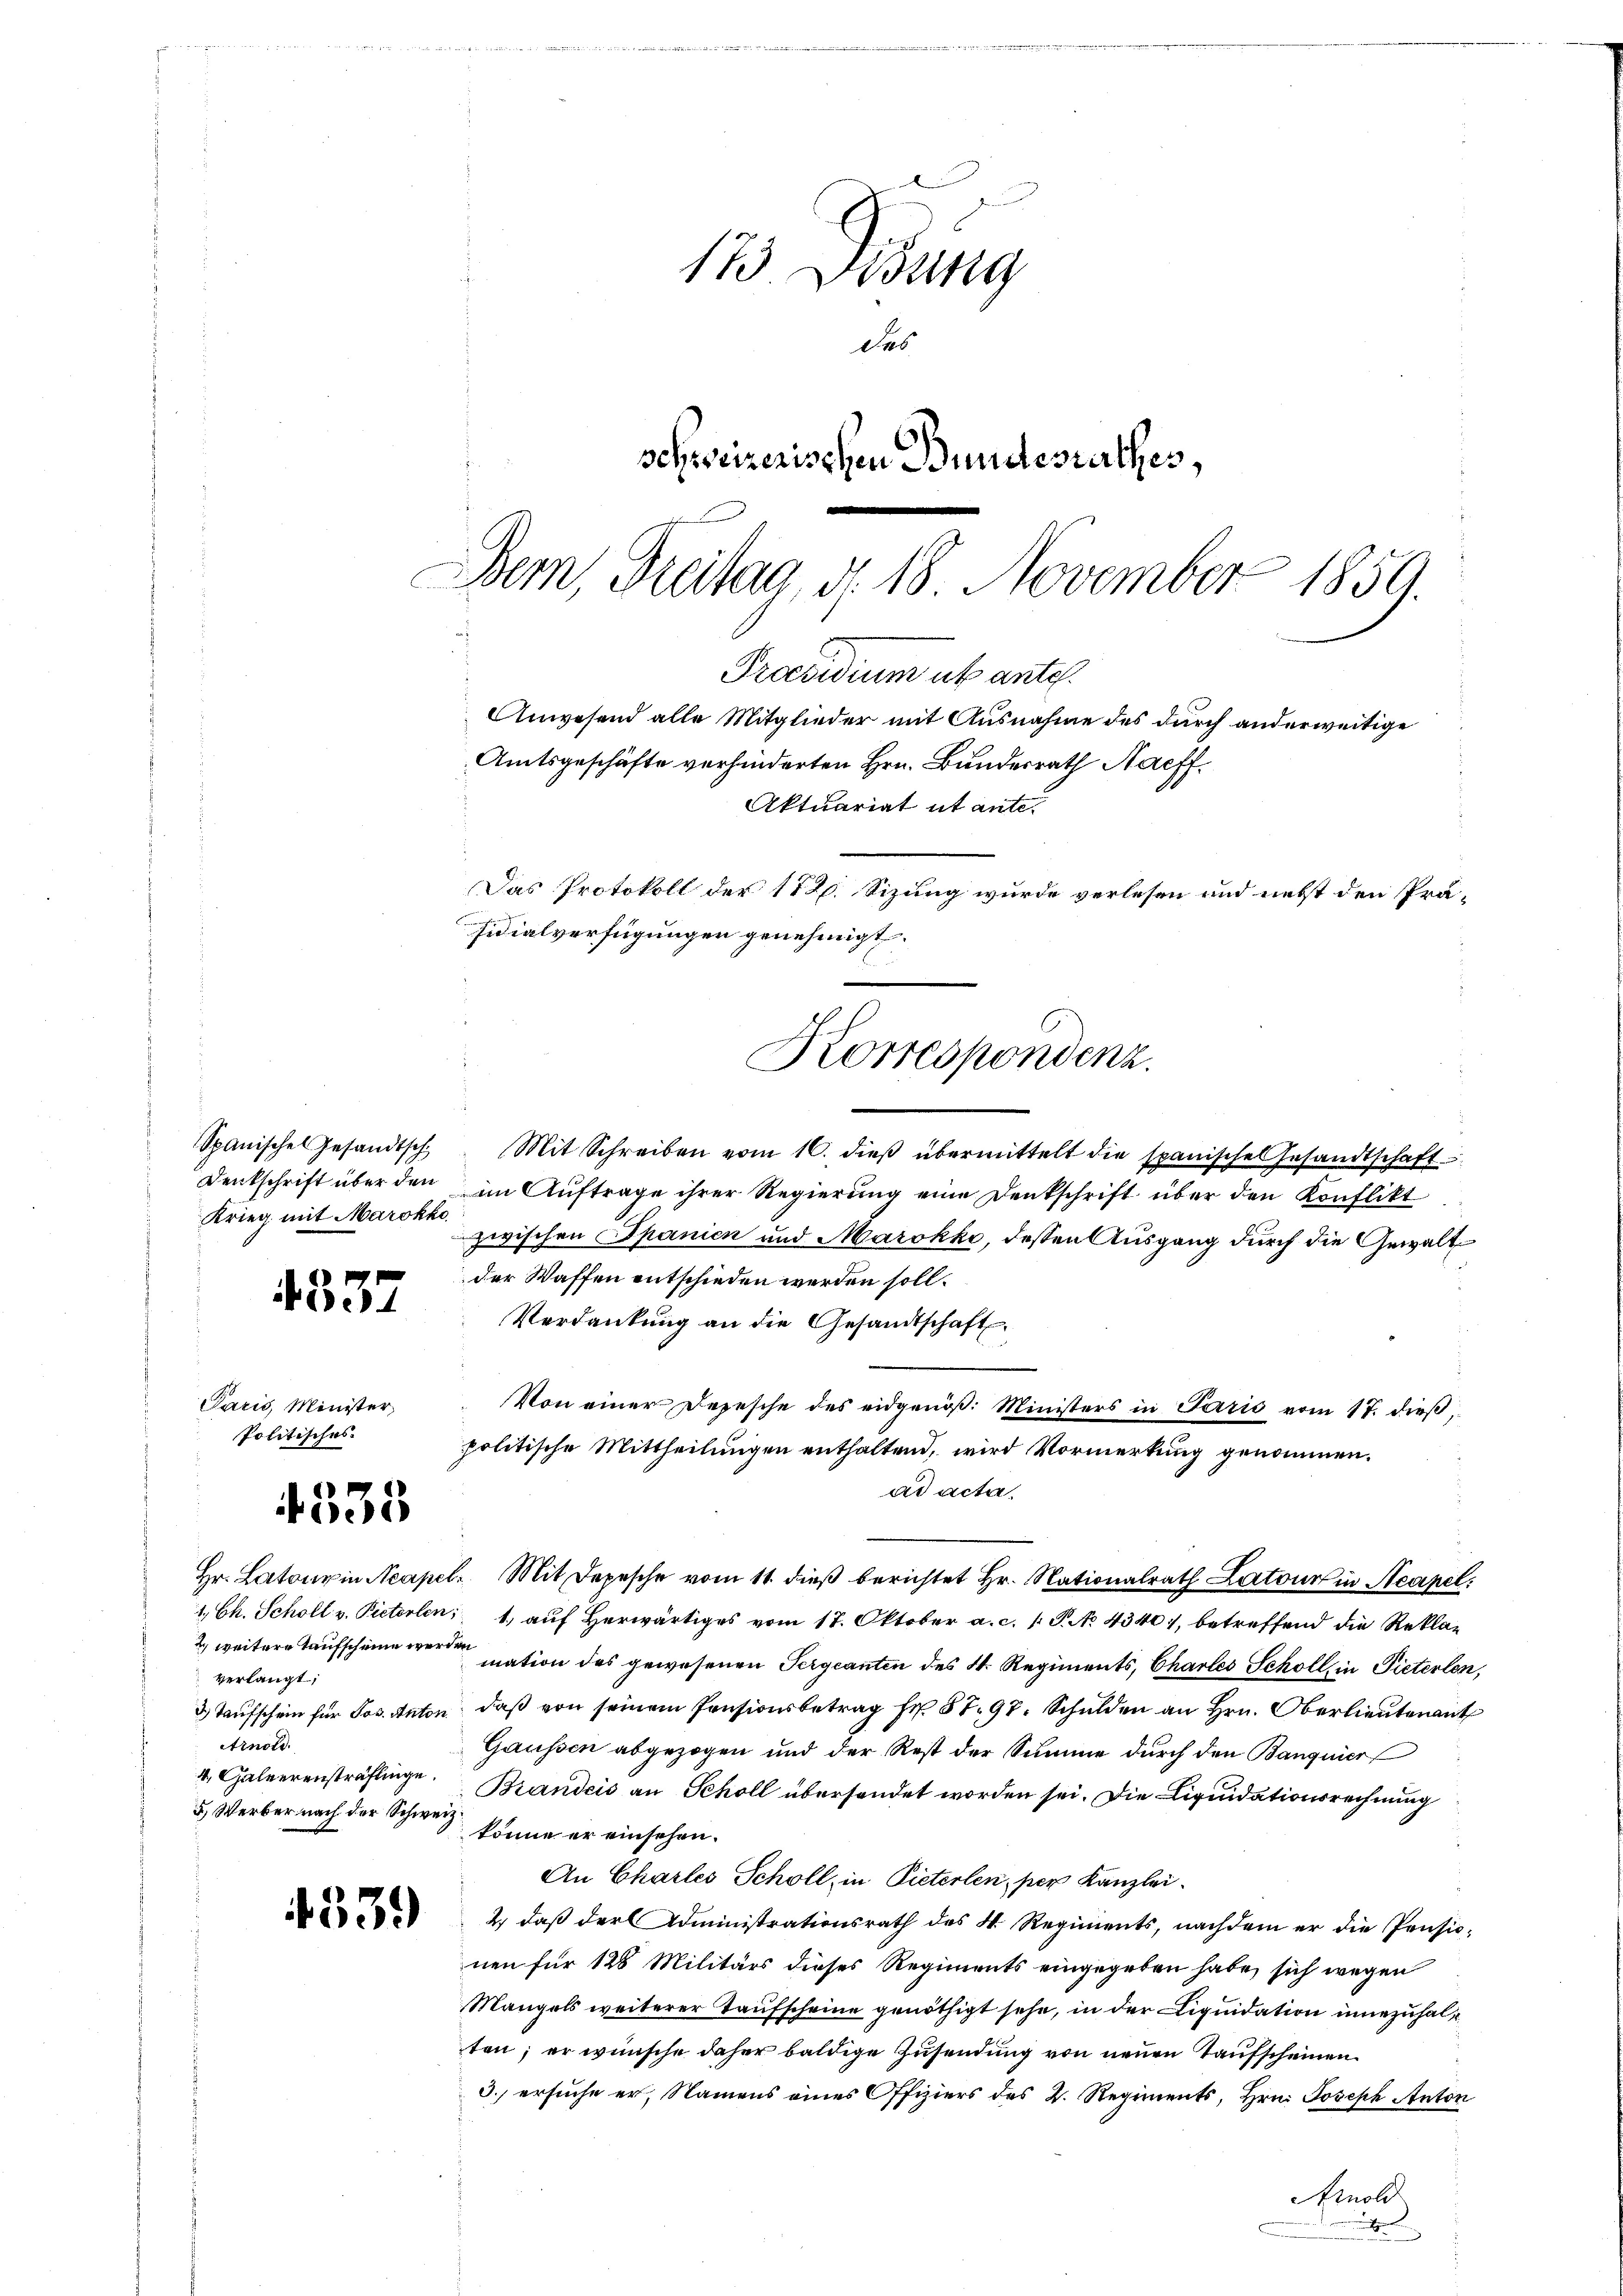
Krieg mit Marokko

4337

Paris, Minister,
Politisches

533

2. weitere Taufscheine werden
verlangt;
Arnold.
5) Werber nach der Schweiz.

4339

173 Didung
des
schweizerischen Bundesrathes,
Bern, Breitag d. 18. November 1859.

Praesidium ut antel.
Amtsgeschäfte verhinderten Hrn. Bundesrath Haeff.
Aktuariat ut ante¬
Das Protokoll der 172. Sizung wurde verlesen und nebst den Prä-
sidialverfügungen genehmigt.
Korrespondenz.

Spanische Gesandtsch Mit Schreiben vom 10. dieβ übermittelt die spanische Gesandtschaft
Denkschrift über den im Auftrage ihrer Regierung eine Denkschrift über den Konflikt
zwischen Spanien und Marokko, dessen Ausgang durch die Gewaltder Waffen entschieden werden soll.
Verdankŭng an die Gesandtschaft.
Von einer Desesche des eidgenöß: Ministers in Paris vom 17. dieß,
politische Mittheilungen enthaltend, wird Vormerkung genommen.
ad acta.
Hr. Latour in Neapel. Mit Depesche vom 11. dieβ berichtet Hr. Nationalrath Latour in Neapel:
1. Ch. Scholl v. Pieterlen; 1., auf herwärtiges vom 17. Oktober a. c. 1 S. No. 4340), betreffend die Reklamation des gewesenen Pergcanten des N. Regiments, Chartes Schöll, in Pieterlen,
 Taufschein für Jos. Anton, daβ von seinem Pensionsbetrag Fr. 87. 97. Schulden an Hrn. Oberlieutenant
Gaussen abgezogen und der Rest der Summe durch den Bangnier
4. Galverensträflinge. Brandeis an Scholl übersendet worden sei. Die Liquidationsrechnung
könne er einsehen.
An Chartes Schöll, in Pieterlen, per Kanzlei.
2.) daß der Administrationsrath des N. Regiments, nachdem er die Pensicnen für 128 Militärs dieses Regiments eingegeben habe, sich wegen
Mangels weiterer Taufscheine genöthigt sehe, in der Liquidation innezuhalten; er wünsche daher baldige Zusendung von neuen Taufscheinen
3. ersuche er, Namens eines Offiziers des 2. Regiments, Hrn. Joseph Anton
Arnold

Anwesend alle Mitglieder mit Ausnahme des durch anderweitige